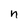
Character: n